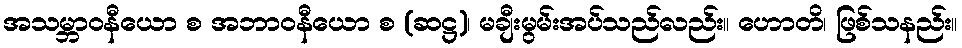
အသမ္ဘာဝနီယော စ အဘာဝနီယော စ (ဆဋ္ဌ)၊ မချီးမွမ်းအပ်သည်လည်း။ ဟောတိ၊ ဖြစ်သနည်း။